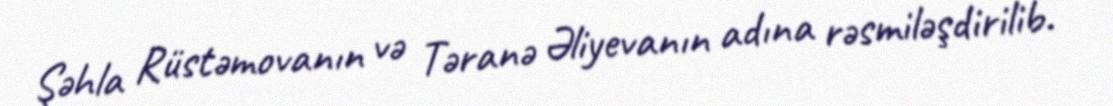
Şəhla Rüstəmovanın və Təranə Əliyevanın adına rəsmiləşdirilib.